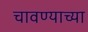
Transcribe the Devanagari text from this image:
चावण्याच्या